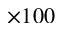
\times 1 0 0